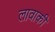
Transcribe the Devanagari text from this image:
लावाकी